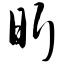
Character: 昕